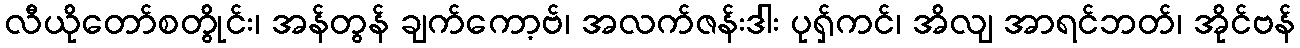
လီယိုတော်စတွိုင်း၊ အန်တွန် ချက်ကော့ဗ်၊ အလက်ဇန်းဒါး ပုရှ်ကင်၊ အိလျ အာရင်ဘတ်၊ အိုင်ဗန်